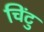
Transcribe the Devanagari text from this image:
चिंटु